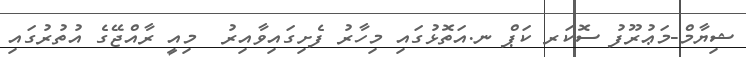
ޝިޔާމް-މަޢުރޫފު ސޮކަރ ކަޕް ނ.އަތޮޅުގައި މިހާރު ފެށިގައިވާއިރު  މިއީ ރާއްޖޭގެ އުތުރުގައި